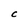
Character: C